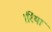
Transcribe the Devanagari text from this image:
।रिया